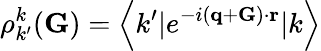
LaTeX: \rho_{k^{\prime}}^{k}({\mathbf G})=\left<k^{\prime}|e^{-i({\mathbf q}+{\mathbf G})\cdot{\mathbf r}}|k\right>